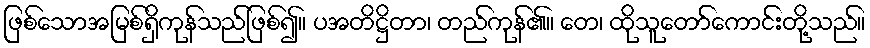
ဖြစ်သောအမြစ်ရှိကုန်သည်ဖြစ်၍။ ပအတိဋ္ဌိတာ၊ တည်ကုန်၏။ တေ၊ ထိုသူတော်ကောင်းတို့သည်။